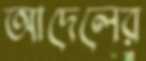
আদেলের